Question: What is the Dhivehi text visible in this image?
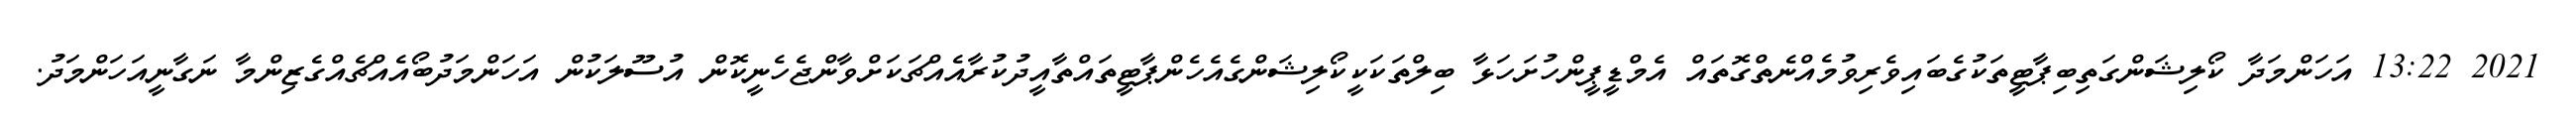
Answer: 2021 13:22 އަހަންމަދާ ކޯލިޝަންގަތިބިޕާޓީތަކުގެބައިވެރިވުމެއްނެތްގޮތައް އެމްޑީޕީންހުށަހަޅާ ބިލްތަކަކީކޯލިޝަންގެއެހެންޕާޓީތައްތާއީދުކުރާއެއްޗަކަށްވާންޖެހެނީކޮން އުސޫލަކުން އަހަންމަދުބޯއެއްޗެއްގެޒިންމާ ނަގާނީއަހަންމަދު.